Indian journal of veterinary science and animal husbandry - Volume 9,
Year: 1939
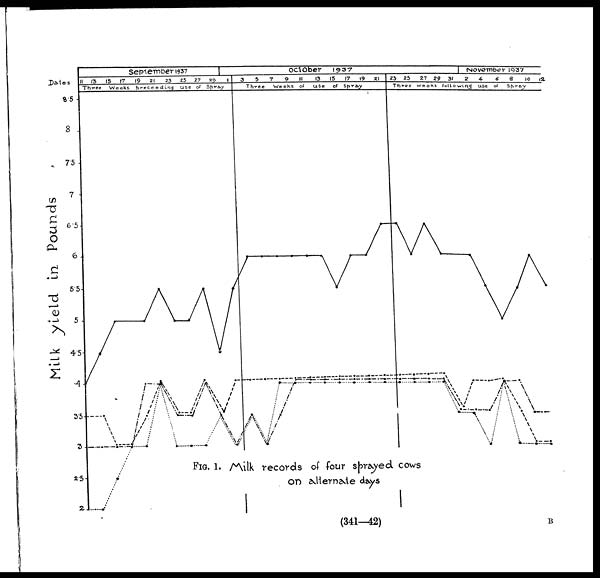
FIG. 1.Milk records of four sprayed cows
on alternate days
(341—42)
B